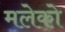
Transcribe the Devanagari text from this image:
मलेको